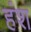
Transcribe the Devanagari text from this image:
हंश